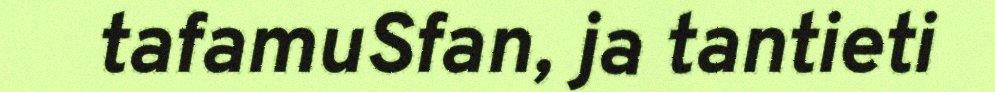
tafamuSfan, ja tantieti